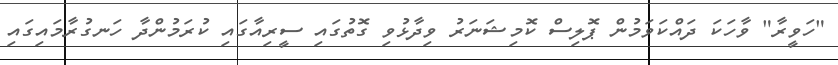
"ހަވީރާ" ވާހަކަ ދައްކަވަމުން ޕޮލިސް ކޮމިޝަނަރު ވިދާޅުވި ގޮތުގައި ސީރިއާގައި ކުރަމުންދާ ހަނގުރާމައިގައި